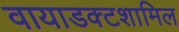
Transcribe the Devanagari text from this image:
वायाडक्टशामिल